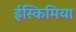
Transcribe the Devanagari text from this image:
ईस्किमिया